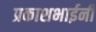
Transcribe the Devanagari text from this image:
प्रकाशभाईनी